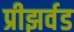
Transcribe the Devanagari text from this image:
प्रीझर्वड